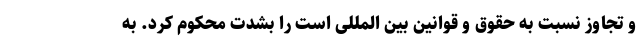
و تجاوز نسبت به حقوق و قوانین بین المللی است را بشدت محکوم کرد. به